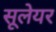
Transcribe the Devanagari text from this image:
सूलेयर